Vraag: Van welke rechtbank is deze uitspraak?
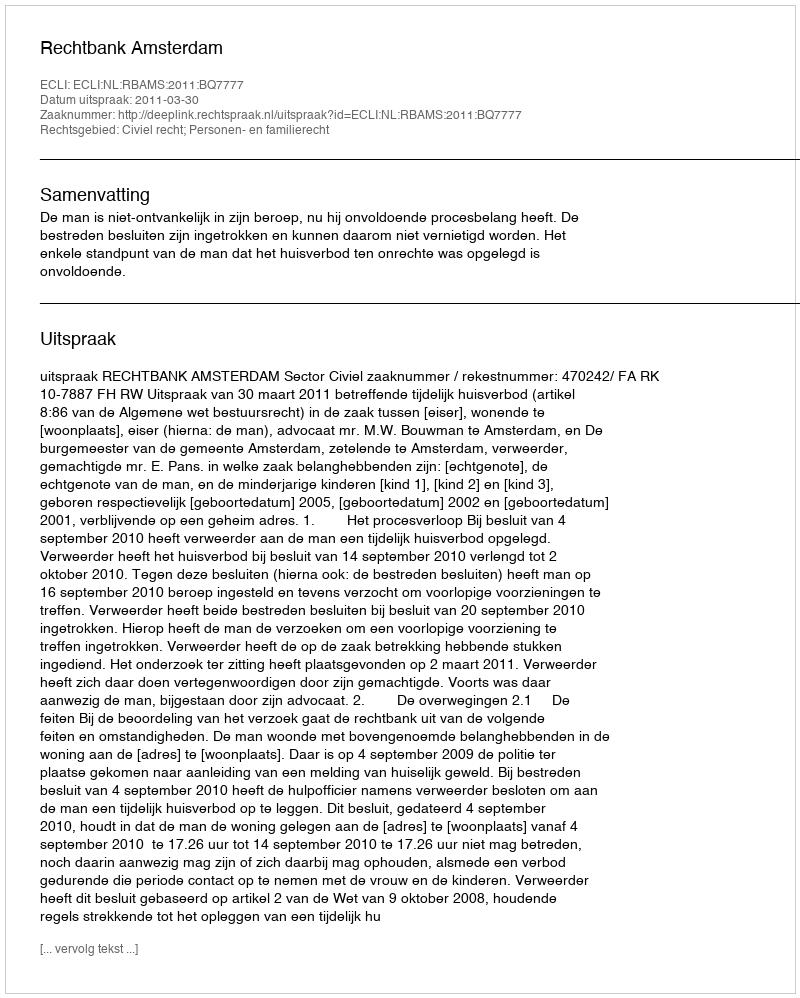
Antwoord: Rechtbank Amsterdam